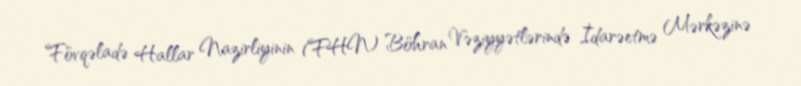
Fövqəladə Hallar Nazirliyinin (FHN) Böhran Vəziyyətlərində İdarəetmə Mərkəzinə